Report on sanitation, dispensaries, and jails in Rajputana for 1912, and on vaccination for the year 1912-1913 - 1912-1913
Year: 1912
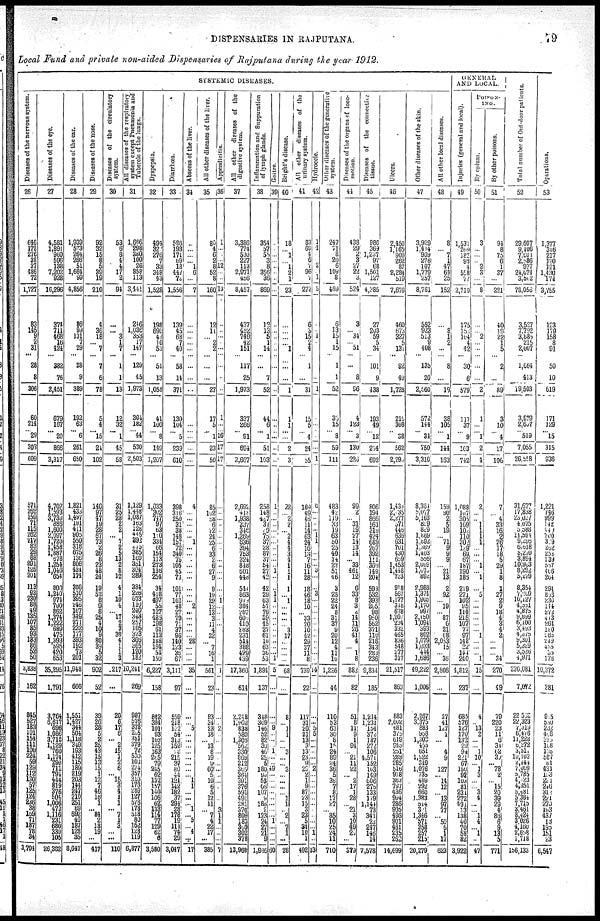
DISPENSARIES IN RAJPUTANA.
79
Local Fund and private non-aided Dispensaries of Rajputana during the year 1912.
SYSTEMIC DISEASES.
Diseases of the nervous system.
26
646
172
276
38
37
486
72
1,727
83
145
9
2
31
...
28
8
306
60
214
... 29
303
609
571
262
159
71
115
262
217
83
29
88
291
125
201
113
83
230
88
49
135
107
85
93
183
86
52
50
3,838
162
345
527
183
101
154
111
100
224
59
129
112
130
57
125
124 236
38
169
71
187
78
34
3,794
Diseases of the eye.
27
1,581
1,891
960
596
138
7,202
928
16,296
374
711
468
16
424
...
382
76
2,451
679
167
...
20
866
3,317
1,702
1593
3,739
886
1,600
2,097
1,720
1158
1887
678
1,254
1,046
654
800
1,240
974
790
862
1,374
1,222
689
475
1,393
595
420
653
35,295
1,791
3,764
6,617
696
1,086
3,718
1,129
760
1,174
290
711
794
444
819
376 504
1,006
173
1,116
231
680
330
105
26,382
Diseases of the ear.
28
1,939
573
264
266
51
1,661
99
1,856
86
99
131
7
29
...
28
9
389
192
63
... 6
261
650
1,821
433
l,497
191
111
905
550
318
675
136
806
434
174
386
510
395
246
167
349
271
232
177
393
192
73
201
11,948
666
1,551
1,427
344
504
1,118
349
193
412
115
189
219
203
114
247
210
251
89
692
40
187
128
35
8,647
Diseases of the nose.
29
92
32
15
8
5
39
19
210
4
36
18
... 7
...
7
6
78
5
1
... 15
24
102
140
97
47
19
28
67
73
2
26
8
23
48
21
19
52
8
9
8
25
4
10
9
80
39
5
32
902
52
39
26
28
5
2
25
43
15
13
15
1
12
7
46
16
1
... 84
2
18
19
...
417
Diseases of the circulatory
system.
30
53
6
8
4
4
17
2
94
...
...
3 1
7
...
1
1
13
12
32
1
45
58
31
25
28
2
2
... 7
2
5
13
2
8
12
1
1
10
4
... 17
2
3
30
4
1
1
3
217
...
20
6
17
6
... 2
15
1
2
6
... 15
3
4
1
1
... 7
1
3
...
...
110
All diseases of the respiratory
system except Pneumonia and
Tubercle of the lungs.
31
1,666
298
380
100
26
858
113
3,441
246
1,036
353
17
147
...
129
45
1,973
304
182
... 14
530
2,503
1,129
1,448
1,087
163
128
445
392
275
385
160
351
304
289
384
226
673
110
240
343
257
105
373
308
365
120
182
10,241
269
987
576
378
205
351
379
72
530
103
274
357
310
178
289
127
576
178
518
80
162
128
119
6,877
Dyspepsia.
32
494
327
276
7
33
348
43
1,528
198
690
43
10
53
...
51
13
1,058
11
100
... 8
149
1,207
1,033
302
747
97
63
100
334
66
154
113
273
136
254
34
418
497
55
127
483
198 61
113
188
164
54
150
6,227
158
842
384
101
93
103
125
163
265
79
245
62
132
157
110
106
62
133
114
77
129
62
6
3,580
Diarrliœa.
33
586
193
171
69
18
147
72
1,556
139
45
68
7
40
...
58
14
371
130
104
... 5
239
610
398
316
250
31
38
148
157
72
340
76
105
45
73
101
77
161
48
27
79
71
37
95
110
123
35
67
3,111
97
559
218
132
54
313
152
75 215
37
80
44 121
142
182
37
294
28
178
19
111
74
29
3,047
Abs c e s s of t he l i ver.
34
...
...
...
... 1
6
...
7
...
...
...
...
...
...
...
...
...
...
...
...
...
4
...
...
...
...
... 1
...
...
...
...
...
...
...
...
... 2
...
...
...
...
... 28
...
...
...
35
...
...
... 5
...
...
...
...
...
...
...
... 1
1
...
...
... 1
... 5
... 4
...
17
Al l ot her di s eas es of t he l i ver.
35
80
4
6
2
8
52
8
160
12
11
... 2
2
...
...
...
27
17
5
... 1
23
50
85
102
58
6
22
24
25
6
33
2
6
27
9
9
19
29
12
13
3
11
4
32
... 7
16
1
561
23
93
34
23
18
... 13
8
19
9
60
5
19
6
5
12
11
... 7
4
22
17
...
385
Appendicitis.
36
1
...
...
... 12
...
...
13
...
...
...
...
...
...
...
...
1
...
... 16
17
17
...
...
...
...
...
...
...
...
...
...
...
...
... 1
...
...
...
...
1
...
...
... 2
...
...
...
...
...
...
...
...
...
3
1
1
...
...
...
7
All other diseases of the
digestive system.
37
3,386
774
530
227
113
2,971
456
8,457
437
452
749
42
151
...
117
25
1,973
337
266
... 91
694
2,667
2,692
418
1,938
337
346
1,269
636
394
753
324
848
601
448
544
863
973
384
287
603
410
283
231
514
388
429
439
17,360
611
2,248
1,908
838
580
1,306
562
330
869
212
365
364
391
376
591
491
281
376
809
183
390
302
378
13,960
Inflammation and Suppuration
of lymph glands.
38
354
57
55
3
8
356
36
869
12
13
5
1
14
...
...
7
52
44
6
... 1
51
103
258
148
427
34
39
75
... 28 87
37
54
27
42
42
20
63
57
76
89
45
27
61
10
63
36
53
1,894
137
348
309
146
52
82
36
46 25
5
180
90
53
65
107
9
186
2 123
24
27
21
9
1,946
Goitre.
39
...
...
...
...
...
...
...
...
...
...
...
...
...
...
...
...
...
...
...
...
1
...
...
...
...
...
...
...
...
...
... 1
...
...
1
1
...
...
...
...
...
...
...
...
...
1
5
...
...
... 9
...
...
...
1
...
... 49
...
...
...
... ...
...
...
... 1
...
...
...
60
Bright's disease.
40
18
... 1
... 1
2
1
23
...
...
...
... 1
...
...
...
1
1
1
... ...
2
3
22
... 2
2
... 2
4
4
3
4
1
1
1
1
1
...
...
...
... 3
17
...
...
...
...
68
...
8
... 1
1
...
... 3
...
... 3
...
...
...
... 1
1
... 2
... 7
1
...
28
All other diseases of the
urinary system.
41
83
69
4
6
7
96
...
272
6
3
15
2
4
...
1
...
31
15
5
... 4
24
55
169
49
46
11
11
63
24
16
13
7
16
11
28
18
46
18
10
... 33
20
10
42
29
37
11
8
739
22
117
31
20
21
13
3
13
23
9
20
2
1
9
87
23
15
3
23
5
34
10
1
492
Hydrocele.
42
1
1
2
... 1
5
...
... 1
...
...
1
...
...
... ...
...
1
6
...
...
... ... 1
1
...
...
...
3
...
...
3
...
...
...
...
...
...
...
...
...
...
...
14
...
...
5
5
...
...
...
...
... 2
...
...
...
...
...
...
...
...
...
1
...
13
Other diseases of the generative
system.
43
217
71
8
20
6
109
8
459
6
13
15
1
15
...
1
1
52
36
15
... 8
59
111
483
42
119
33
19
63
50
25
40
14
22
51
46
3
28
22
24
8
31
37
9
20
12
1
11
10
1,226
44
110
53
63
30
8
15
24
89
24
36
5
39
7
8
17
27
... 85
10
25
24
11
710
Diseases of the organs of loco-
motion.
44
438
29
2
3
27
22
3
524
3
... 34
... 51
...
...
8
96
4
123
... 3
130
226
99
2
... 31
l9
27
14
13
14
... 33
461
12
6
33
8
3
2
14
11
26
41
4
1
8
882
82
51
8
11
9
1
94
... 21
11
22
... 2
17
1
28
... 21
3
10
49
20
...
379
Diseases of the connective
tissue.
45
986
369
1,237
97
68
1,501
127
4,385
27
203
59
5
34
...
101
9
438
193
49
... 12
254
692
806
194
866
161
318
124
689
267
392
111
363
149
204
593
532
393
205
98
950
562
371
110
216
343
283
236
9,834
185
1,214
1,231
154
372
187
272
106
4,571
152
103
149
606
275
133
179
1,144
73
341
23
247
146
14
7,578
Ulcers.
46
2,150
1,165
909
262
87
2,284
519
7,676
460
673
327
5
131
...
92
40
1,728
216
308
... 38
562
2,299
1,433
2,735
2,277
371
446
636
631
701
430
659
1,453
1448
733
918
567
1,177
348
638
1,207
234
332
465
836
548
277
317
21,517
863
883
2,002
481
373
619
945
251
288
285
515
918
363
797
436
994
286
905
196
901
461
235
262
14,699
Other diseases of the skin.
47
3,929
1,414
939
276
107
1,779
257
8,761
552
923
513
9
408
...
135
20
2,560
572
144
... 34
750
3,310
8,364
5,077
5,163
839
889
1,869
l,892
1,369
1,403
556
2,099
1,073
892
2,983
1,374
1,908
1,170
997
2,150
1,094
393
802
1,079
1,033
444
3,686
19,222
1,006
2,267
3,375
883
958
1,302
455
651
1,622
349
1,076
735
489
292
660
1,383
514
301
1,346
571
358
257
213
20,279
All other local diseases.
48
8
... 7
1
47
64
25
152
...
8 1
2
...
...
8
...
19
38
105
... 1
141
163
159
90
2
5
19
... 71
9
9
9
... 21
13
2
92
... 19
... 87
6
21
68
2,053
15
... 36
2,806
...
27
11
127
1
...
4
9
127
... 14
12
... 13
97
77
... 59
6
1
17
623
GENERAL
AND LOCAL.
Injuries (general and local).
49
1,531
269
182
93
4
558
77
2,719
175
153
164
4
42
...
30
6
579
117
37
... 9
163
742
1,088
107
305
169
102
110
302
129
69
67
187
190
186
219
271
102
95
114
215
107
77
97
148
32
144
240
4,812
237
685
576
127
170
132
29
94
221
67
150
92
103
81
231
272
491
13
138
40
70
58
82
3,922
POISON¬
ING.
By opium.
50
3
...
...
... 2
3
...
8
...
... 2
...
...
...
...
...
2
1
...
... 1
2
4
2
...
... 1
1
1
1
...
...
... 1
... 1
...
5
...
...
...
...
...
... 1
...
...
... 1
15
...
4
... 13
2
...
... 1
10
... 1
3
...
... 3
1
...
... 1
4
... 1
...
47
By other poisons.
51
91
8
75
6
1
37
...
221
40
19
22
1
5
...
2
...
89
3
10
... 4
17
106
7
... 1
33
16
2
26
17
18
5
29
3
8
1
27
2
9
18
4
3
4
2
... ...
... 34
270
19
79
220 23
11
6
34
62
30
... 78
2
... 15
20
39
29
4
86
6
9
13
5
771
Total number of Out-door patients.
52
29,607
9,106
7,604
2,886
977
24,674
3,502
73,056
3,527
7,792
3,885
215
2,007
...
1,664
413
19,503
3,879
2,657
... 519
7,055
26,558
31,677
17,838
23,027
4,675
5,588
11,594
9,295
6,618
8,270
3,894
10,983
8,292
5,279
8,354
7,769
10,127
4,551
4,875
9,899
6,100
3,493
4,375
9,301
5,329
3,526
4,971
230,081
7,672
22,532
22,323
7, 319
6,476
11,228
6,272
3,311
10,103
2,444
7,009
5,785
4,023
4,351
5,481
5,384
7,715
3,461
8,424
3,026
4,160
2658
1,718
156,133
Operations.
53
1,377
316
217
120
121
1,430
174
3,755
123
170
158
8
91
50
10
619
171
129
... 15
315
936
1,221
746
999
142
449
700
309
282
253
139
557
406
264
291
833
230
114
272
443
264
180
265
249
435
35
175
10,372
381
905
500
232
408
373
168
105
587
81
431
133
221
246
312
221
270
193
137
13
195
151
23
6,547